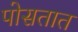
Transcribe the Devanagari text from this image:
पोसतात